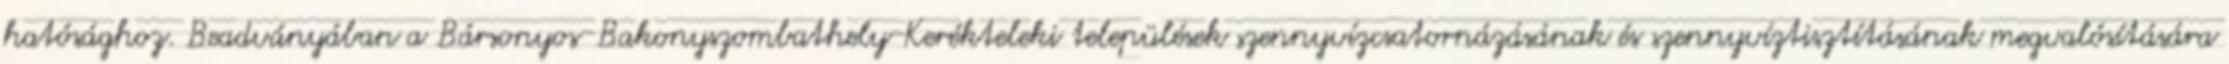
hatósághoz. Beadványában a Bársonyos-Bakonyszombathely-Kerékteleki települések szennyvízcsatornázásának és szennyvíztisztításának megvalósítására